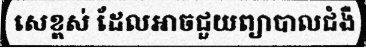
សេខ្ពស់ ដែលអាចជួយព្យាបាលជំងឺ